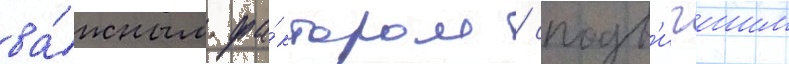
ва́жным фа́ктором / сподв'игшим